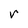
Character: r